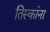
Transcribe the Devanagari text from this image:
तिस्कांना